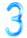
3